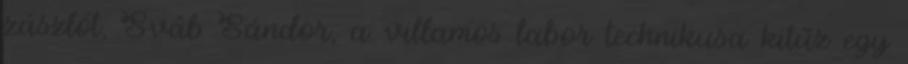
zászlót, Sváb Sándor, a villamos labor technikusa kitűz egy